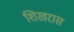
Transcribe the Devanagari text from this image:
शिखरास